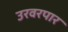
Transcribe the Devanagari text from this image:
उरवरपार